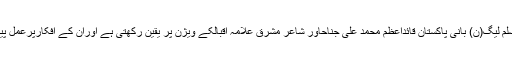
انہوںنے کہا کہ پاکستان مسلم لیگ(ن) بانی پاکستان قائداعظم محمد علی جناحؒاور شاعر مشرق علامہ اقبالؒکے ویژن پر یقین رکھتی ہے اوران کے افکارپرعمل پیرا ہوکرآگے بڑھ رہی ہے ۔